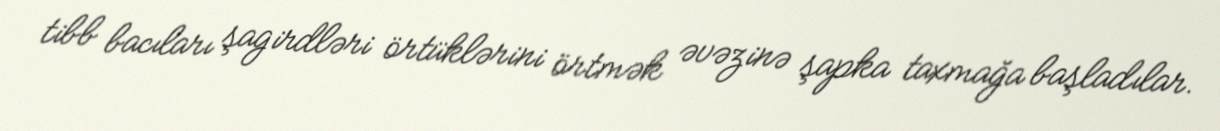
tibb bacıları şagirdləri örtüklərini örtmək əvəzinə şapka taxmağa başladılar.